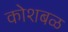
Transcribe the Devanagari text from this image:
कोशबळ